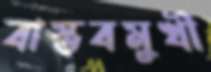
বাস্তবমুখী